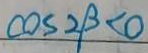
\cos 2 \beta < 0